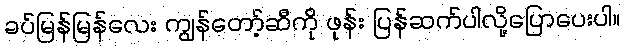
ခပ်မြန်မြန်လေး ကျွန်တော့်ဆီကို ဖုန်း ပြန်ဆက်ပါလို့ပြောပေးပါ။